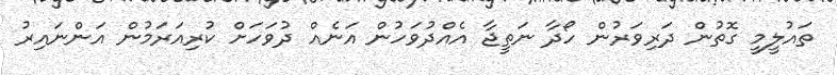
ތައުލީމީ ގޮތުން ދަރިވަރުން ހޯދާ ނަތީޖާ އެއްދުވަހުން އަނެއް ދުވަހަށް ކުރިއަރަމުން އަންނައިރު